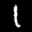
Label: 1